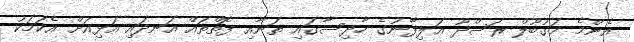
އެންމެ މަގުބޫލް ރަސްދޫ އަލިފާނުގެ ހާދިސާގައި ތަނާއި ފޮތްތައް އަނދައި އަޅިއަށް އެކަމަކު